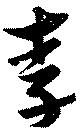
季